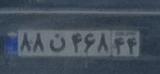
۸۸ن۴۶۸۴۴